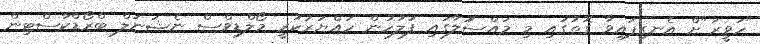
"ހަވީރަ"ށް އެނގިފައިވާ ގޮތުގައި މި މައްސަަލާގައި ފުލުހުން ހައްޔަރުުކުރީ މޯލްޑިވްސް ނެޝަނަލް ބްރޯޑްކާސްޓިން